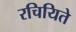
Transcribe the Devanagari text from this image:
रचियिते